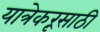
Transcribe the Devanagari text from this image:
यात्रेकरूंसाठी